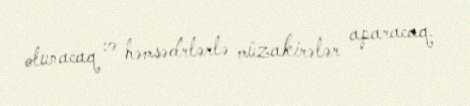
olunacaq və həmsədrlərlə müzakirələr aparacaq.